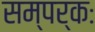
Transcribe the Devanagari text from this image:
सम्पर्कः